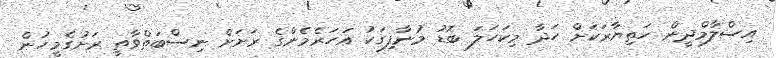
އިސްލާމްދީން ހަތިޔާރަކަށް ހަދާ މިކަހަލަ ބޮޑު މުނާފިގަކު އަހަރެމެންގެ ރަށަށް ނިސްބަތްވާތީ ރަށުގެމީހުން